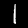
Label: 1